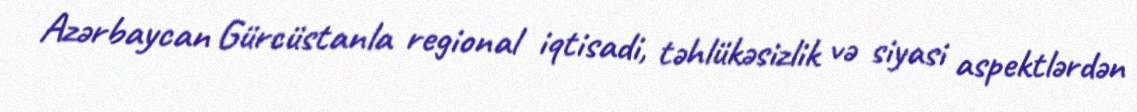
Azərbaycan Gürcüstanla regional iqtisadi, təhlükəsizlik və siyasi aspektlərdən